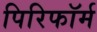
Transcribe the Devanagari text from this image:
पिरिफॉर्म